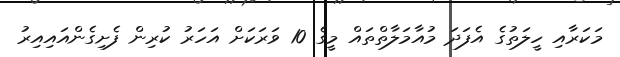
މަކަރާއި ހީލަތުގެ އެފަދަ މުއާމަލާތްތައް މީގެ 10 ވަރަކަށް އަހަރު ކުރިން ފެށިގެންއައިއިރު